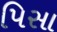
પિસા